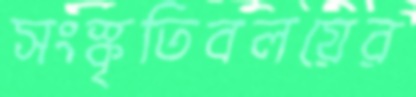
সংস্কৃতিবলয়ের